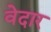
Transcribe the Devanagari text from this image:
वेदार